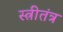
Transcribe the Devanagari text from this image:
स्त्रीतंत्र